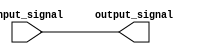
module open_drain_inverter(
    input wire input_signal,
    output reg output_signal
);

reg pull_down = 1'b0; // pull-down signal when transistor is active

always @* begin
    output_signal = input_signal ^ pull_down; // invert input signal
end

assign pull_down = 1'b0; // by default, transistor is inactive

endmodule